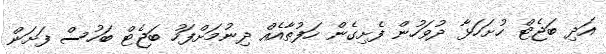
އަދި ބަޖެޓް ހުށަހަޅާ ދުވަހުން ފެށިގެން ހަފުތާއެއް ދިނުމަށްފަހު ބަޖެޓް ބަހުސް ފަށަން